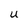
Character: u